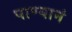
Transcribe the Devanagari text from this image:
पाण्यानं